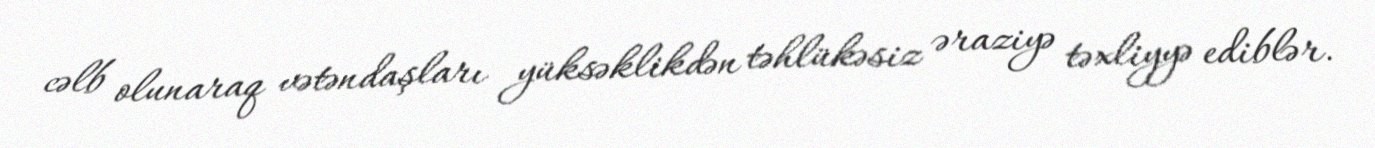
cəlb olunaraq vətəndaşları yüksəklikdən təhlükəsiz əraziyə təxliyyə ediblər.